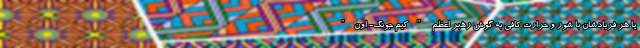
یا هر فریادشان با شور و حرارت کافی به گوش رهبر اعظم "کیم جونگ- اون"